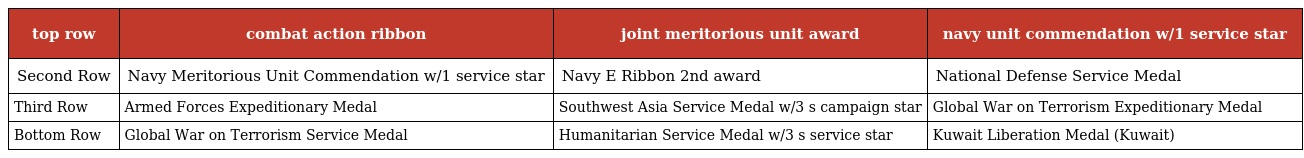
| top row | combat action ribbon | joint meritorious unit award | navy unit commendation w/1 service star |
 | --- | --- | --- | --- |
 | Second Row | Navy Meritorious Unit Commendation w/1 service star | Navy E Ribbon 2nd award | National Defense Service Medal |
 | Third Row | Armed Forces Expeditionary Medal | Southwest Asia Service Medal w/3 s campaign star | Global War on Terrorism Expeditionary Medal |
 | Bottom Row | Global War on Terrorism Service Medal | Humanitarian Service Medal w/3 s service star | Kuwait Liberation Medal (Kuwait) |